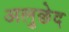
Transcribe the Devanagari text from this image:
अलुछेद